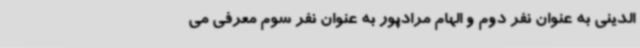
الدینی به عنوان نفر دوم و الهام مرادپور به عنوان نفر سوم معرفی می